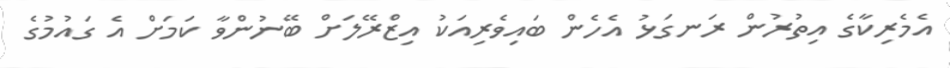
އެމެރިކާގެ އިތުރުން ރަނގަޅު އެހެން ބައިވެރިއަކު އިޒްރޭލަށް ބޭނުންވާ ކަމަށް އެ ގައުމުގެ